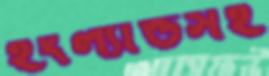
ইংল্যান্ডসহ